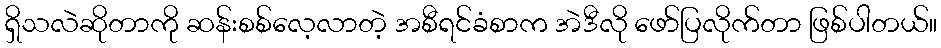
ရှိသလဲဆိုတာကို ဆန်းစစ်လေ့လာတဲ့ အစီရင်ခံစာက အဲဒီလို ဖော်ပြလိုက်တာ ဖြစ်ပါတယ်။